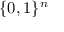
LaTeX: \{ 0 , 1 \} ^ { n }